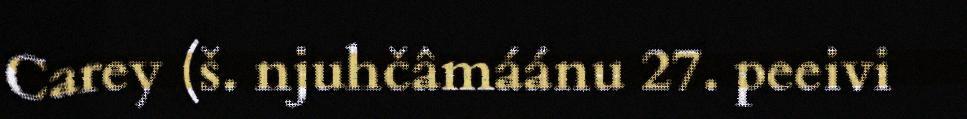
Carey (š. njuhčâmáánu 27. peeivi